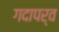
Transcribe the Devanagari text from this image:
गदापर्व